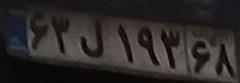
۶۳ل۱۹۳۶۸